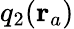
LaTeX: q_{2}(\mathbf{r}_{a})